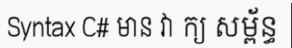
Syntax C# មាន វា ក្យ សម្ព័ន្ធ